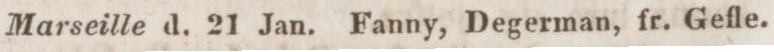
Marseille d. 21 Jan. Fanny, Degerman, fr. Gefle.